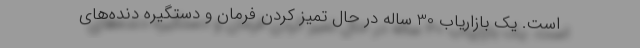
است. یک بازاریاب 30 ساله در حال تمیز کردن فرمان و دستگیره دنده‌های